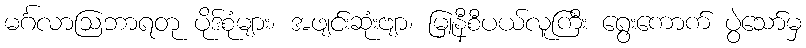
မင်္ဂလာဩဘာရတု ပိုဒ်စုံများ၊ အဖျင်းဆုံးဗျာ၊ မြူနီစီပယ်လူကြီး ရွေးကောက် ပွဲသော်မှ